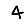
Digit: 4